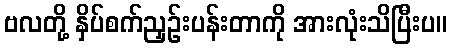
ဗလတို့ နှိပ်စက်ညှဉ်းပန်းတာကို အားလုံးသိပြီးပ။